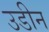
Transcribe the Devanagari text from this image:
उडीन